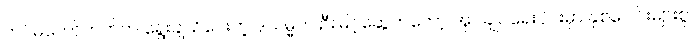
တပ်မတော်ဘက်က ရွေးချယ်ပေးတဲ့ ဒုသမ္မတ ဦးမြင့်ဆွေကတော့ အုပ်ချုပ်ရေးပိုင်းမှာ နှစ်ပေါင်းများစွာ